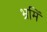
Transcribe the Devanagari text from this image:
भ्रमिं